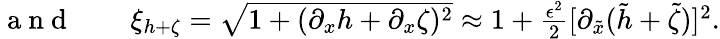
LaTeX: \begin{array}{rl}{\mathrm{~a~n~d~}\quad}&{{}\xi_{h+\zeta}=\sqrt{1+(\partial_{x}h+\partial_{x}\zeta)^{2}}\approx 1+\frac{\epsilon^{2}}{2}[\partial_{\tilde{x}}(\tilde{h}+\tilde{\zeta})]^{2}.}\end{array}